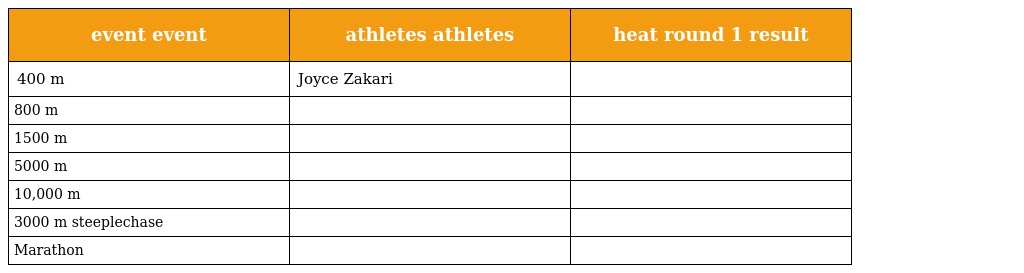
| event event | athletes athletes | heat round 1 result |
 | --- | --- | --- |
 | 400 m | Joyce Zakari |  |
 | 800 m |  |  |
 | 1500 m |  |  |
 | 5000 m |  |  |
 | 10,000 m |  |  |
 | 3000 m steeplechase |  |  |
 | Marathon |  |  |